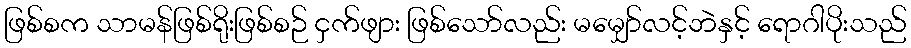
ဖြစ်စက သာမန်ဖြစ်ရိုးဖြစ်စဉ် ငှက်ဖျား ဖြစ်သော်လည်း မမျှော်လင့်ဘဲနှင့် ရောဂါပိုးသည်